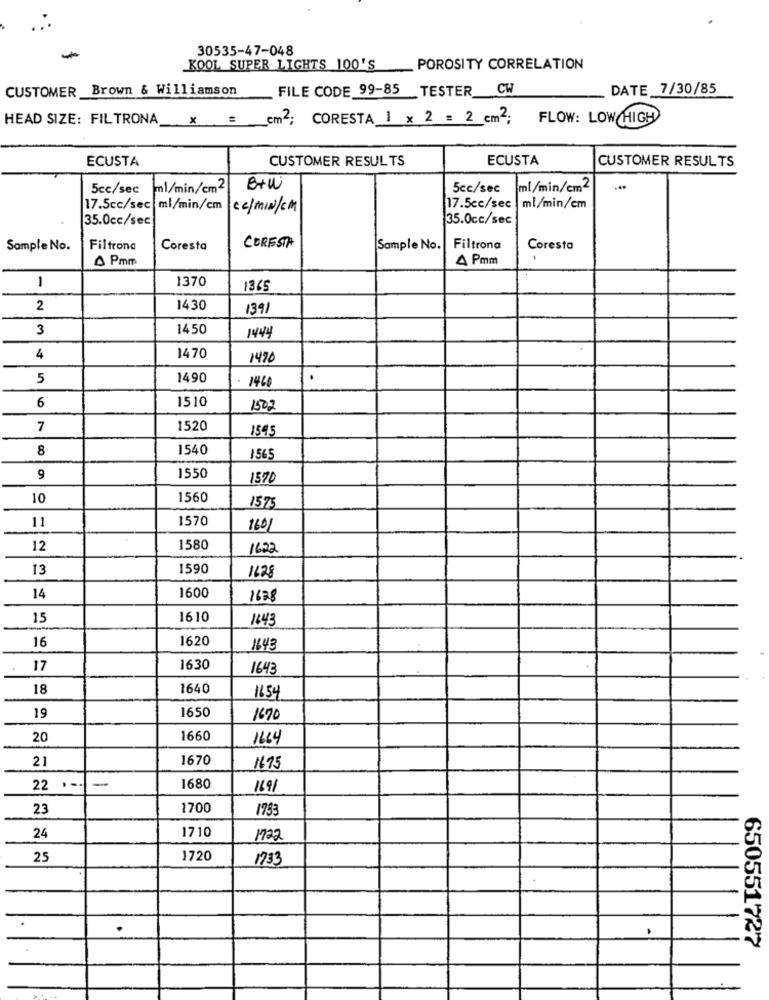
30535-47-048
-
KOOL SUPER LIGHTS 100'S
POROSITY CORRELATION
CUSTOMER Brown & Williamson
FILE CODE 99-85
_TESTER CW
DATE 7/30/85
HEAD SIZE: FILTRONA x = cm2; CORESTA 1 × 2 = 2 cm2.
FLOW: LOW HIGH
ECUSTA
CUSTOMER RESULTS
ECUSTA
CUSTOMER RESULTS
5cc/sec
ml/min/cm2
B+W
5cc/sec
ml/min/cm2
17.5cc/sec|ml/min/cm cc/MIN/cm
17.5cc/sec | ml/min/cm
35.0cc/sec
35.0cc/sec
Sample No.
Filtrona
Coresta
CORESTA
Sample No.
Filtrona
Coresta
0 Pmm
A Pmm
1
1370
1365
2
1430
1391
3
1450
1444
1470
4
1490
5
1490
1460
6
1510
1500
7
1520
1545
8
1540
1565
9
1550
1370
10
1560
1575
1570
11
1601
12
1580
1622
13
1590
1628
14
1600
1628
15
1610
1643
16
1620
143
17
1630
1643
18
1640
1654
19
1650
1690
20
1660
1664
21
1670
1675
-
22 .--
1680
1691
23
1700
1733
24
1710
1722
25
1720
1733
650551727